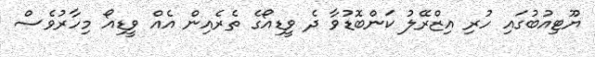
ޔޫޓިއުބުގައި ހުރި އިޒްރޭލު ކަންބޮޑުވާ ދެ ވީޑިއޯގެ ތެރެއިން އެއް ވީޑިއޯ މިހާރުވެސް